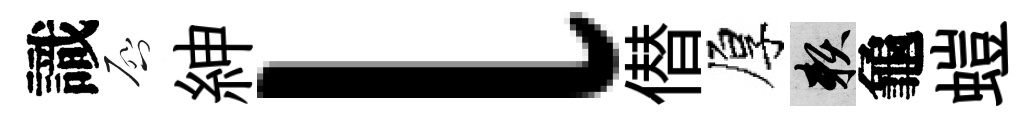
識啓紳l僣厚賴龜螘